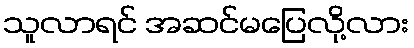
သူလာရင် အဆင်မပြေလို့လား